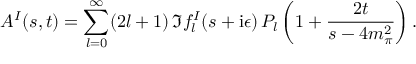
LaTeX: A ^ { I } ( s , t ) = \sum _ { l = 0 } ^ { \infty } ( 2 l + 1 ) \, \Im f _ { l } ^ { I } ( s + \mathrm { i } \epsilon ) \, P _ { l } \left( 1 + { \frac { 2 t } { s - 4 m _ { \pi } ^ { 2 } } } \right) .